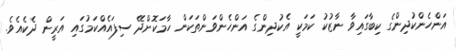
އަންހެންކުދިންގެ ކިބާގައިވާ ނާޒުކު ކަމަކީ އެކުދިންގެ އަންހެންވަންތަކަން ހާމަކޮށްދޭ ސިފައެއްކަމުގައި އަރީން ދެކެއެވެ.